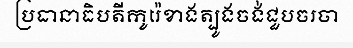
ប្រធានាធិបតីកូរ៉េខាងត្បូងចង់ជួបចរចា